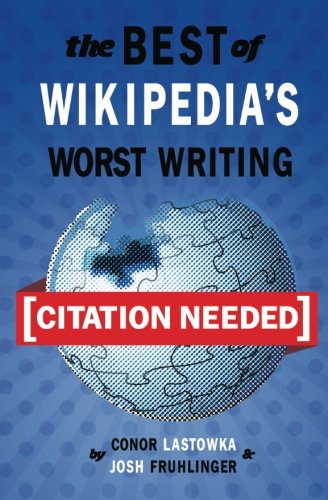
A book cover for [Citation Needed]: The Best of Wikipedia's Worst Writing; Conor Lastowka; Humor & Entertainment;